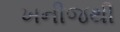
ખનીજથી